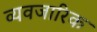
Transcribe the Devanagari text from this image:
व्यवजारिक